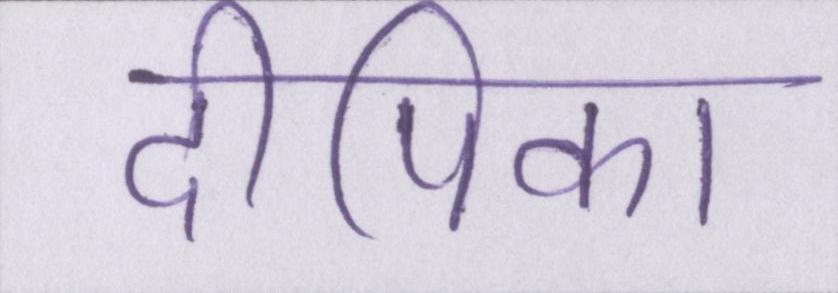
दीपिका